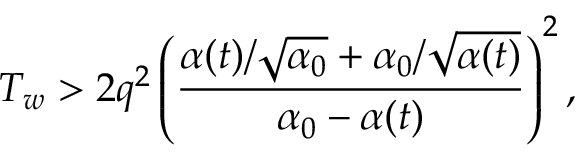
T _ { w } > 2 q ^ { 2 } \left( \frac { \alpha ( t ) / \sqrt { \alpha _ { 0 } } + \alpha _ { 0 } / \sqrt { \alpha ( t ) } } { \alpha _ { 0 } - \alpha ( t ) } \right) ^ { 2 } ,